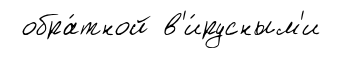
обра́тной в'и́русным'и